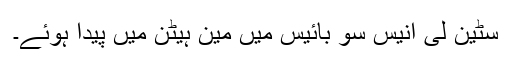
سٹین لی انیس سو بائیس میں مین ہیٹن میں پیدا ہوئے۔